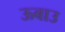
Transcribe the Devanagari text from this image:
ऊबाउ